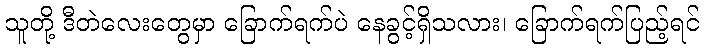
သူတို့ ဒီတဲလေးတွေမှာ ခြောက်ရက်ပဲ နေခွင့်ရှိသလား၊ ခြောက်ရက်ပြည့်ရင်